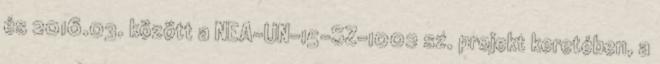
és 2016.03. között a NEA-UN-15-SZ-1002 sz. projekt keretében, a